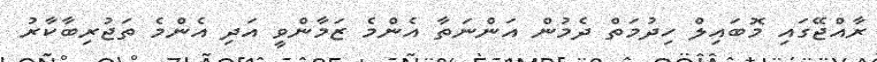
ރާއްޖޭގައި މޮބައިލް ހިދުމަތް ދެމުން އަންނަތާ އެންމެ ޒަމާންވީ އަދި އެންމެ ތަޖުރިބާކާރު